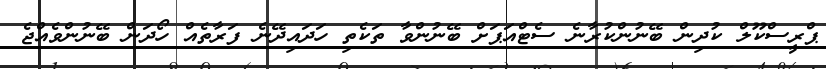
ޕްރީސްކޫލް ކުދިން ބޭނުންކުރާނެ ސެޓްއަޕަށް ބޭނުންވާ ތަކެތި ހަދައިދޭނެ ފަރާތެއް ހޯދަން ބޭނުންވެއްޖެ